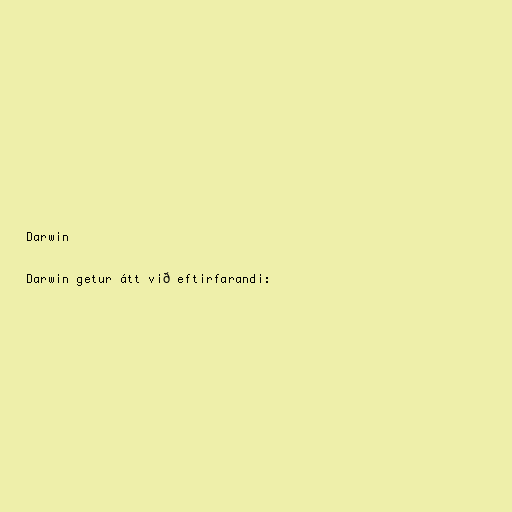
Darwin

Darwin getur átt við eftirfarandi: